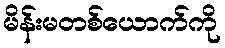
မိန်းမတစ်ယောက်ကို